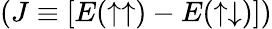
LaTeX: (J\equiv\left[E(\uparrow\uparrow)-E(\uparrow\downarrow)\right])